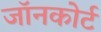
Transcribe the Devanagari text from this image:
जॉनकोर्ट